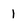
Character: 1